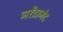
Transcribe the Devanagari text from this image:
नरेंद्रानंद